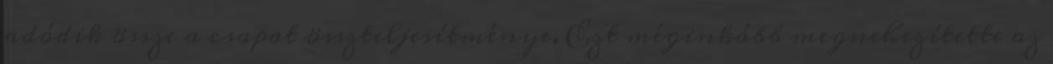
adódik össze a csapat összteljesítménye. Ezt méginkább megnehezítette az